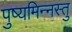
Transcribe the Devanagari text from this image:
पुष्यमिन्नस्तु